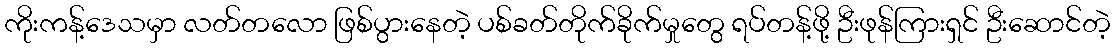
ကိုးကန့်ဒေသမှာ လတ်တလော ဖြစ်ပွားနေတဲ့ ပစ်ခတ်တိုက်ခိုက်မှုတွေ ရပ်တန့်ဖို့ ဦးဖုန်ကြားရှင် ဦးဆောင်တဲ့